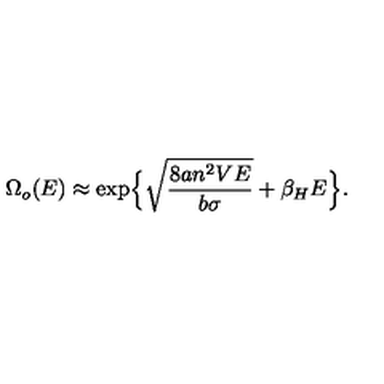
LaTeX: \Omega _ { o } ( E ) \approx \exp \Bigl \{ \sqrt { \frac { 8 a n ^ { 2 } V E } { b \sigma } } + \beta _ { H } E \Bigr \} .